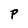
Character: P